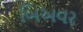
બિઅવર